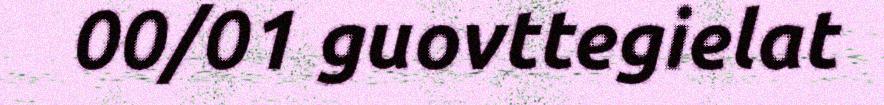
00/01 guovttegielat